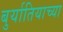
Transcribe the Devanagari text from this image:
बुर्यातियाच्या